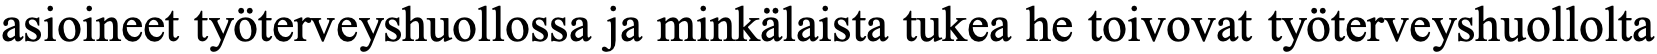
asioineet työterveyshuollossa ja minkälaista tukea he toivovat työterveyshuollolta